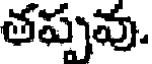
తప్పవు.